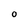
Character: 0